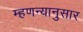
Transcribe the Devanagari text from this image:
म्हणन्यानुसार